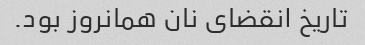
تاریخ انقضای نان همانروز بود.